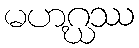
မဟဂ္ဃဿ